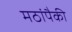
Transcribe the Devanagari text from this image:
मठांपैकी